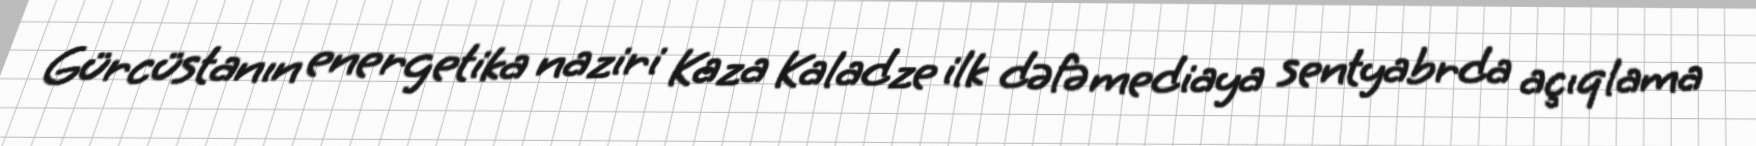
Gürcüstanın energetika naziri Kaza Kaladze ilk dəfə mediaya sentyabrda açıqlama